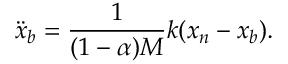
\ddot { x } _ { b } = \frac { 1 } { ( 1 - \alpha ) M } k ( x _ { n } - x _ { b } ) .